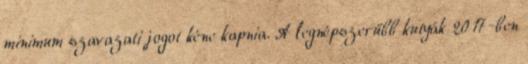
minimum szavazati jogot kéne kapnia. A legnépszerűbb kutyák 2017-ben